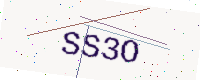
Text: SS3O